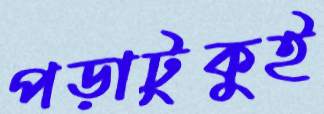
পড়াটুকুই